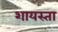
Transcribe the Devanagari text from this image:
शायस्ता